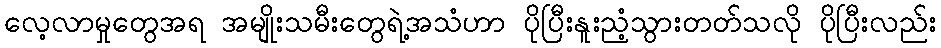
လေ့လာမှုတွေအရ အမျိုးသမီးတွေရဲ့အသံဟာ ပိုပြီးနူးညံ့သွားတတ်သလို ပိုပြီးလည်း